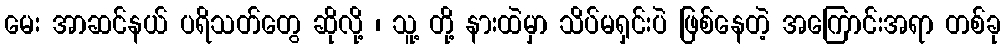
မေး အာဆင်နယ် ပရိသတ်တွေ ဆိုလို့ ၊ သူ့ တို့ နားထဲမှာ သိပ်မရှင်းပဲ ဖြစ်နေတဲ့ အကြောင်းအရာ တစ်ခု